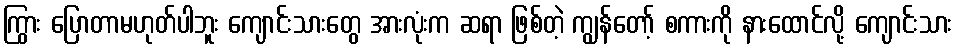
ကြွား ပြောတာမဟုတ်ပါဘူး ကျောင်းသားတွေ အားလုံးက ဆရာ ဖြစ်တဲ့ ကျွန်တော့် စကားကို နားထောင်လို့ ကျောင်းသား